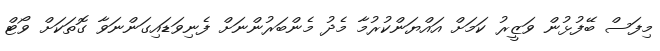
މިފަސް ބޭފުޅުން ވަޒީރު ކަމަށް އައްޔަންކުރުމާ މެދު މެންބަރުންނަށް ފެނިވަޑައިގަންނަވާ ގޮތަކަށް ވޯޓް